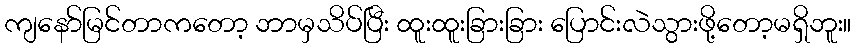
ကျနော်မြင်တာကတော့ ဘာမှသိပ်ပြီး ထူးထူးခြားခြား ပြောင်းလဲသွားဖို့တော့မရှိဘူး။